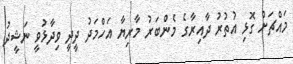
މައްޗަށް ގޮޅި އުތުރު ދާއިރާގެ މެންބަރު މާރިޔާ އަހްމަދު ދީދީ ވިދާޅުވީ ނަޝީދު